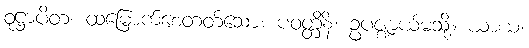
ဝုဋ္ဌာပိတံ၊ ထမြောက်စေတတ်သော။ ပဝတ္တိနိံ၊ ဥပဇ္ဈာယ်မသို့။ ယာယ၊